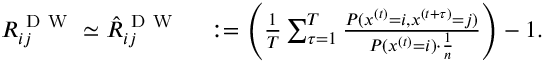
\begin{array} { r l } { R _ { i j } ^ { \mathrm { ~ D ~ W ~ } } \simeq { \hat { R } } _ { i j } ^ { \mathrm { ~ D ~ W ~ } } } & { { } : = \left( \frac { 1 } { T } \sum _ { \tau = 1 } ^ { T } \frac { P ( x ^ { ( t ) } = i , x ^ { ( t + \tau ) } = j ) } { P ( x ^ { ( t ) } = i ) \cdot \frac { 1 } { n } } \right) - 1 . } \end{array}